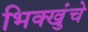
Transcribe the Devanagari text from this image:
भिक्खुंचे